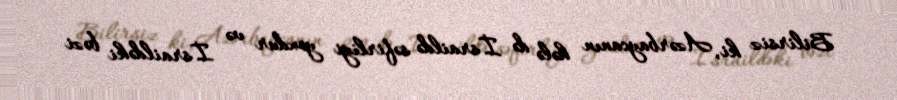
Bilirsiz ki, Azərbaycanın hələ də İsraildə səfirliyi yoxdur və İsraildəki bəzi